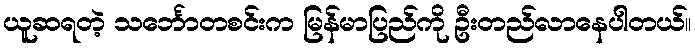
ယူဆရတဲ့ သင်္ဘောတစင်းက မြန်မာပြည်ကို ဦးတည်လာနေပါတယ်။